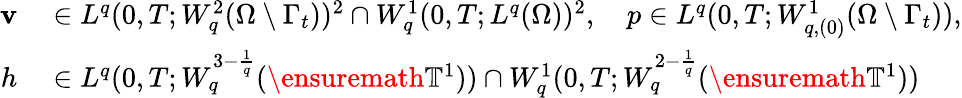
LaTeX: \begin{array}{rl}{\mathbf{v}}&{{}\in L^{q}(0,T;W_{q}^{2}(\Omega\setminus\Gamma_{t}))^{2}\cap W_{q}^{1}(0,T;L^{q}(\Omega))^{2},\quad p\in L^{q}(0,T;W_{q,(0)}^{1}(\Omega\setminus\Gamma_{t})),}\\ {h}&{{}\in L^{q}(0,T;W_{q}^{3-\frac 1q}(\ensuremath{\mathbb{T}}^{1}))\cap W_{q}^{1}(0,T;W_{q}^{2-\frac 1q}(\ensuremath{\mathbb{T}}^{1}))}\end{array}